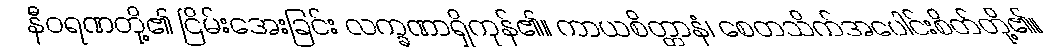
နီဝရဏတို့၏ ငြိမ်းအေးခြင်း လက္ခဏာရှိကုန်၏။ ကာယစိတ္တာနံ၊ စေတသိက်အပေါင်းစိတ်တို့၏။